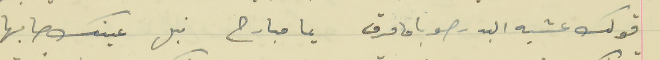
قولك عشيه البدر صوبا ما مرق                                 يما مبارح نبل عينك صابها